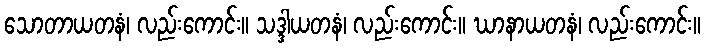
သောတာယတနံ၊ လည်းကောင်း။ သဒ္ဒါယတနံ၊ လည်းကောင်း။ ဃာနာယတနံ၊ လည်းကောင်း။